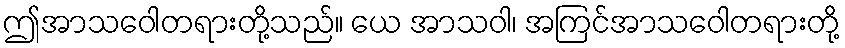
ဤအာသဝေါတရားတို့သည်။ ယေ အာသဝါ၊ အကြင်အာသဝေါတရားတို့